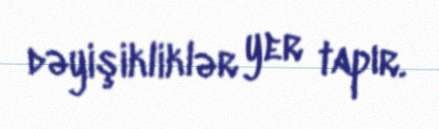
dəyişikliklər yer tapır.